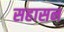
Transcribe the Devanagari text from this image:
सहासन